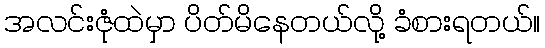
အလင်းဇုံထဲမှာ ပိတ်မိနေတယ်လို့ ခံစားရတယ်။